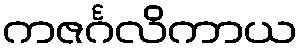
ကဇင်္ဂလိကာယ